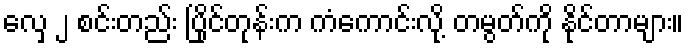
လှေ ၂ စင်းတည်း ပြိုင်တုန်းက ကံကောင်းလို့ တမွတ်ကို နိုင်တာများ။